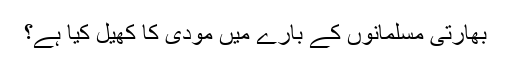
بھارتی مسلمانوں کے بارے میں مودی کا کھیل کیا ہے؟